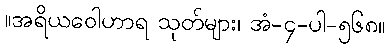
။အရိယဝေါဟာရ သုတ်များ၊ အံ-၄-ပါ-၅၆၈။